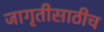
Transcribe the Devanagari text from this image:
जागृतीसाठीच